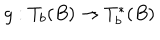
LaTeX: g : T _ { b } ( B ) \rightarrow T _ { b } ^ { \ast } ( B )